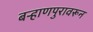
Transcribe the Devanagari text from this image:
बऱ्हाणपुरावरून